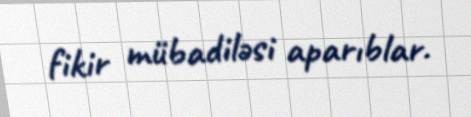
fikir mübadiləsi aparıblar.